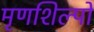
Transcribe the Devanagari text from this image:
मृणशिल्पों